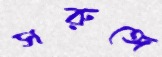
সরুঙ্গে